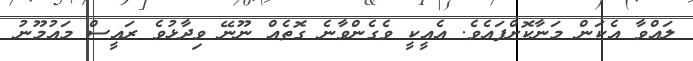
ލައްވާ އެކަން މަނާކޮށްފައެވެ. އެއީކީ ވެގެންވާނެ ގޮތެއް ނޫނޭ ވިދާޅުވެ ރައީސް މައުމޫނު